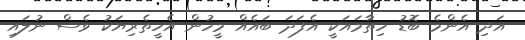
އަދި އެންމެ ބޮޑު ހިތާމައަކީ އެފަދަ ބައެއް މީހުން އެހީތެރިޔަކު ވެސް ނުލައި